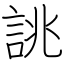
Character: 誂